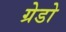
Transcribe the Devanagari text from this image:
ग्रेडो